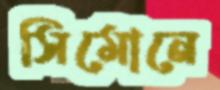
সিমোনে